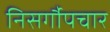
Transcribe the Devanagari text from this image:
निसर्गौपचार